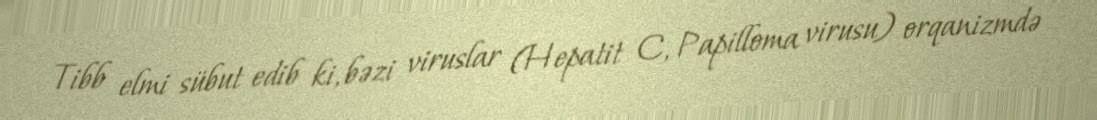
Tibb elmi sübut edib ki, bəzi viruslar (Hepatit C, Papilloma virusu) orqanizmdə